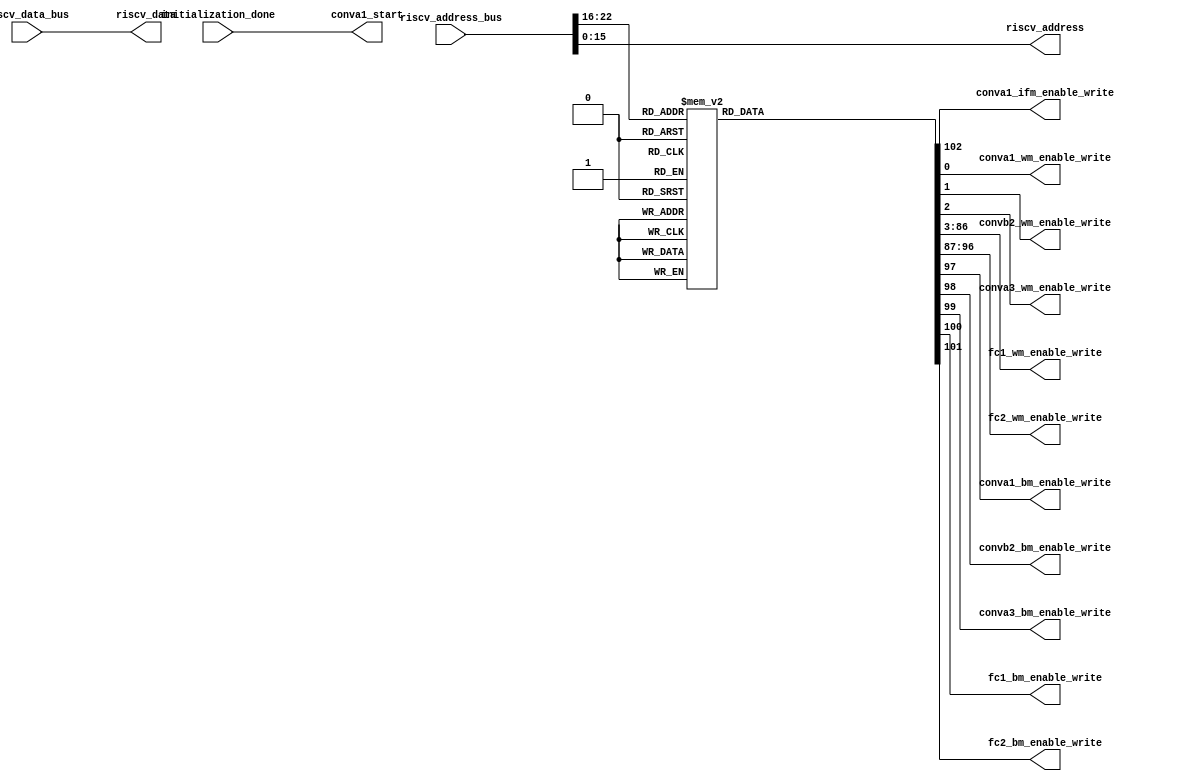
`timescale 1ns / 1ps


module 
 memory_control #(parameter
///////////advanced parameters//////////
	DATA_WIDTH 		       = 32,
///////////architecture parameters//////
	ADDRESS_BUS            = 23,                                                
    ADDRESS_BITS           = 16,
    ENABLE_BITS            = 7)

	(

    input [DATA_WIDTH-1:0] riscv_data_bus,
    input [ADDRESS_BUS-1:0] riscv_address_bus,
    input initialization_done, 
	output conva1_start,

	//1 indicates the input img is grayscale
	output [1-1:0] conva1_ifm_enable_write, 
	
	output [1-1:0] conva1_wm_enable_write,
	output [1-1:0] convb2_wm_enable_write,
	output [1-1:0] conva3_wm_enable_write,
	output [84-1:0] fc1_wm_enable_write,
	output [10-1:0] fc2_wm_enable_write,
	output conva1_bm_enable_write,
	output [1-1:0] convb2_bm_enable_write,
	output conva3_bm_enable_write,
	output fc1_bm_enable_write,
	output fc2_bm_enable_write,
	
	output [DATA_WIDTH-1:0] riscv_data,
    output [ADDRESS_BITS-1:0] riscv_address
	);
	
	reg [103-1:0] enable_write;
    wire [ENABLE_BITS-1:0] address_enable_bits;
	
    assign riscv_data          = riscv_data_bus;
    assign riscv_address       = riscv_address_bus[ADDRESS_BITS-1:0];
    
    assign address_enable_bits = riscv_address_bus[ADDRESS_BUS-1 : ADDRESS_BUS-ENABLE_BITS];
	
	assign    conva1_start = initialization_done;
	
	
	    always @*
		begin
        case(address_enable_bits)
			7'd1  : begin enable_write = 103'b0000000000000000000000000000000000000000000000000000000000000000000000000000000000000000000000000000001;end
			7'd2  : begin enable_write = 103'b0000000000000000000000000000000000000000000000000000000000000000000000000000000000000000000000000000010;end
			7'd3  : begin enable_write = 103'b0000000000000000000000000000000000000000000000000000000000000000000000000000000000000000000000000000100;end
			7'd4  : begin enable_write = 103'b0000000000000000000000000000000000000000000000000000000000000000000000000000000000000000000000000001000;end
			7'd5  : begin enable_write = 103'b0000000000000000000000000000000000000000000000000000000000000000000000000000000000000000000000000010000;end
			7'd6  : begin enable_write = 103'b0000000000000000000000000000000000000000000000000000000000000000000000000000000000000000000000000100000;end
			7'd7  : begin enable_write = 103'b0000000000000000000000000000000000000000000000000000000000000000000000000000000000000000000000001000000;end
			7'd8  : begin enable_write = 103'b0000000000000000000000000000000000000000000000000000000000000000000000000000000000000000000000010000000;end
			7'd9  : begin enable_write = 103'b0000000000000000000000000000000000000000000000000000000000000000000000000000000000000000000000100000000;end
			7'd10  : begin enable_write = 103'b0000000000000000000000000000000000000000000000000000000000000000000000000000000000000000000001000000000;end
			7'd11  : begin enable_write = 103'b0000000000000000000000000000000000000000000000000000000000000000000000000000000000000000000010000000000;end
			7'd12  : begin enable_write = 103'b0000000000000000000000000000000000000000000000000000000000000000000000000000000000000000000100000000000;end
			7'd13  : begin enable_write = 103'b0000000000000000000000000000000000000000000000000000000000000000000000000000000000000000001000000000000;end
			7'd14  : begin enable_write = 103'b0000000000000000000000000000000000000000000000000000000000000000000000000000000000000000010000000000000;end
			7'd15  : begin enable_write = 103'b0000000000000000000000000000000000000000000000000000000000000000000000000000000000000000100000000000000;end
			7'd16  : begin enable_write = 103'b0000000000000000000000000000000000000000000000000000000000000000000000000000000000000001000000000000000;end
			7'd17  : begin enable_write = 103'b0000000000000000000000000000000000000000000000000000000000000000000000000000000000000010000000000000000;end
			7'd18  : begin enable_write = 103'b0000000000000000000000000000000000000000000000000000000000000000000000000000000000000100000000000000000;end
			7'd19  : begin enable_write = 103'b0000000000000000000000000000000000000000000000000000000000000000000000000000000000001000000000000000000;end
			7'd20  : begin enable_write = 103'b0000000000000000000000000000000000000000000000000000000000000000000000000000000000010000000000000000000;end
			7'd21  : begin enable_write = 103'b0000000000000000000000000000000000000000000000000000000000000000000000000000000000100000000000000000000;end
			7'd22  : begin enable_write = 103'b0000000000000000000000000000000000000000000000000000000000000000000000000000000001000000000000000000000;end
			7'd23  : begin enable_write = 103'b0000000000000000000000000000000000000000000000000000000000000000000000000000000010000000000000000000000;end
			7'd24  : begin enable_write = 103'b0000000000000000000000000000000000000000000000000000000000000000000000000000000100000000000000000000000;end
			7'd25  : begin enable_write = 103'b0000000000000000000000000000000000000000000000000000000000000000000000000000001000000000000000000000000;end
			7'd26  : begin enable_write = 103'b0000000000000000000000000000000000000000000000000000000000000000000000000000010000000000000000000000000;end
			7'd27  : begin enable_write = 103'b0000000000000000000000000000000000000000000000000000000000000000000000000000100000000000000000000000000;end
			7'd28  : begin enable_write = 103'b0000000000000000000000000000000000000000000000000000000000000000000000000001000000000000000000000000000;end
			7'd29  : begin enable_write = 103'b0000000000000000000000000000000000000000000000000000000000000000000000000010000000000000000000000000000;end
			7'd30  : begin enable_write = 103'b0000000000000000000000000000000000000000000000000000000000000000000000000100000000000000000000000000000;end
			7'd31  : begin enable_write = 103'b0000000000000000000000000000000000000000000000000000000000000000000000001000000000000000000000000000000;end
			7'd32  : begin enable_write = 103'b0000000000000000000000000000000000000000000000000000000000000000000000010000000000000000000000000000000;end
			7'd33  : begin enable_write = 103'b0000000000000000000000000000000000000000000000000000000000000000000000100000000000000000000000000000000;end
			7'd34  : begin enable_write = 103'b0000000000000000000000000000000000000000000000000000000000000000000001000000000000000000000000000000000;end
			7'd35  : begin enable_write = 103'b0000000000000000000000000000000000000000000000000000000000000000000010000000000000000000000000000000000;end
			7'd36  : begin enable_write = 103'b0000000000000000000000000000000000000000000000000000000000000000000100000000000000000000000000000000000;end
			7'd37  : begin enable_write = 103'b0000000000000000000000000000000000000000000000000000000000000000001000000000000000000000000000000000000;end
			7'd38  : begin enable_write = 103'b0000000000000000000000000000000000000000000000000000000000000000010000000000000000000000000000000000000;end
			7'd39  : begin enable_write = 103'b0000000000000000000000000000000000000000000000000000000000000000100000000000000000000000000000000000000;end
			7'd40  : begin enable_write = 103'b0000000000000000000000000000000000000000000000000000000000000001000000000000000000000000000000000000000;end
			7'd41  : begin enable_write = 103'b0000000000000000000000000000000000000000000000000000000000000010000000000000000000000000000000000000000;end
			7'd42  : begin enable_write = 103'b0000000000000000000000000000000000000000000000000000000000000100000000000000000000000000000000000000000;end
			7'd43  : begin enable_write = 103'b0000000000000000000000000000000000000000000000000000000000001000000000000000000000000000000000000000000;end
			7'd44  : begin enable_write = 103'b0000000000000000000000000000000000000000000000000000000000010000000000000000000000000000000000000000000;end
			7'd45  : begin enable_write = 103'b0000000000000000000000000000000000000000000000000000000000100000000000000000000000000000000000000000000;end
			7'd46  : begin enable_write = 103'b0000000000000000000000000000000000000000000000000000000001000000000000000000000000000000000000000000000;end
			7'd47  : begin enable_write = 103'b0000000000000000000000000000000000000000000000000000000010000000000000000000000000000000000000000000000;end
			7'd48  : begin enable_write = 103'b0000000000000000000000000000000000000000000000000000000100000000000000000000000000000000000000000000000;end
			7'd49  : begin enable_write = 103'b0000000000000000000000000000000000000000000000000000001000000000000000000000000000000000000000000000000;end
			7'd50  : begin enable_write = 103'b0000000000000000000000000000000000000000000000000000010000000000000000000000000000000000000000000000000;end
			7'd51  : begin enable_write = 103'b0000000000000000000000000000000000000000000000000000100000000000000000000000000000000000000000000000000;end
			7'd52  : begin enable_write = 103'b0000000000000000000000000000000000000000000000000001000000000000000000000000000000000000000000000000000;end
			7'd53  : begin enable_write = 103'b0000000000000000000000000000000000000000000000000010000000000000000000000000000000000000000000000000000;end
			7'd54  : begin enable_write = 103'b0000000000000000000000000000000000000000000000000100000000000000000000000000000000000000000000000000000;end
			7'd55  : begin enable_write = 103'b0000000000000000000000000000000000000000000000001000000000000000000000000000000000000000000000000000000;end
			7'd56  : begin enable_write = 103'b0000000000000000000000000000000000000000000000010000000000000000000000000000000000000000000000000000000;end
			7'd57  : begin enable_write = 103'b0000000000000000000000000000000000000000000000100000000000000000000000000000000000000000000000000000000;end
			7'd58  : begin enable_write = 103'b0000000000000000000000000000000000000000000001000000000000000000000000000000000000000000000000000000000;end
			7'd59  : begin enable_write = 103'b0000000000000000000000000000000000000000000010000000000000000000000000000000000000000000000000000000000;end
			7'd60  : begin enable_write = 103'b0000000000000000000000000000000000000000000100000000000000000000000000000000000000000000000000000000000;end
			7'd61  : begin enable_write = 103'b0000000000000000000000000000000000000000001000000000000000000000000000000000000000000000000000000000000;end
			7'd62  : begin enable_write = 103'b0000000000000000000000000000000000000000010000000000000000000000000000000000000000000000000000000000000;end
			7'd63  : begin enable_write = 103'b0000000000000000000000000000000000000000100000000000000000000000000000000000000000000000000000000000000;end
			7'd64  : begin enable_write = 103'b0000000000000000000000000000000000000001000000000000000000000000000000000000000000000000000000000000000;end
			7'd65  : begin enable_write = 103'b0000000000000000000000000000000000000010000000000000000000000000000000000000000000000000000000000000000;end
			7'd66  : begin enable_write = 103'b0000000000000000000000000000000000000100000000000000000000000000000000000000000000000000000000000000000;end
			7'd67  : begin enable_write = 103'b0000000000000000000000000000000000001000000000000000000000000000000000000000000000000000000000000000000;end
			7'd68  : begin enable_write = 103'b0000000000000000000000000000000000010000000000000000000000000000000000000000000000000000000000000000000;end
			7'd69  : begin enable_write = 103'b0000000000000000000000000000000000100000000000000000000000000000000000000000000000000000000000000000000;end
			7'd70  : begin enable_write = 103'b0000000000000000000000000000000001000000000000000000000000000000000000000000000000000000000000000000000;end
			7'd71  : begin enable_write = 103'b0000000000000000000000000000000010000000000000000000000000000000000000000000000000000000000000000000000;end
			7'd72  : begin enable_write = 103'b0000000000000000000000000000000100000000000000000000000000000000000000000000000000000000000000000000000;end
			7'd73  : begin enable_write = 103'b0000000000000000000000000000001000000000000000000000000000000000000000000000000000000000000000000000000;end
			7'd74  : begin enable_write = 103'b0000000000000000000000000000010000000000000000000000000000000000000000000000000000000000000000000000000;end
			7'd75  : begin enable_write = 103'b0000000000000000000000000000100000000000000000000000000000000000000000000000000000000000000000000000000;end
			7'd76  : begin enable_write = 103'b0000000000000000000000000001000000000000000000000000000000000000000000000000000000000000000000000000000;end
			7'd77  : begin enable_write = 103'b0000000000000000000000000010000000000000000000000000000000000000000000000000000000000000000000000000000;end
			7'd78  : begin enable_write = 103'b0000000000000000000000000100000000000000000000000000000000000000000000000000000000000000000000000000000;end
			7'd79  : begin enable_write = 103'b0000000000000000000000001000000000000000000000000000000000000000000000000000000000000000000000000000000;end
			7'd80  : begin enable_write = 103'b0000000000000000000000010000000000000000000000000000000000000000000000000000000000000000000000000000000;end
			7'd81  : begin enable_write = 103'b0000000000000000000000100000000000000000000000000000000000000000000000000000000000000000000000000000000;end
			7'd82  : begin enable_write = 103'b0000000000000000000001000000000000000000000000000000000000000000000000000000000000000000000000000000000;end
			7'd83  : begin enable_write = 103'b0000000000000000000010000000000000000000000000000000000000000000000000000000000000000000000000000000000;end
			7'd84  : begin enable_write = 103'b0000000000000000000100000000000000000000000000000000000000000000000000000000000000000000000000000000000;end
			7'd85  : begin enable_write = 103'b0000000000000000001000000000000000000000000000000000000000000000000000000000000000000000000000000000000;end
			7'd86  : begin enable_write = 103'b0000000000000000010000000000000000000000000000000000000000000000000000000000000000000000000000000000000;end
			7'd87  : begin enable_write = 103'b0000000000000000100000000000000000000000000000000000000000000000000000000000000000000000000000000000000;end
			7'd88  : begin enable_write = 103'b0000000000000001000000000000000000000000000000000000000000000000000000000000000000000000000000000000000;end
			7'd89  : begin enable_write = 103'b0000000000000010000000000000000000000000000000000000000000000000000000000000000000000000000000000000000;end
			7'd90  : begin enable_write = 103'b0000000000000100000000000000000000000000000000000000000000000000000000000000000000000000000000000000000;end
			7'd91  : begin enable_write = 103'b0000000000001000000000000000000000000000000000000000000000000000000000000000000000000000000000000000000;end
			7'd92  : begin enable_write = 103'b0000000000010000000000000000000000000000000000000000000000000000000000000000000000000000000000000000000;end
			7'd93  : begin enable_write = 103'b0000000000100000000000000000000000000000000000000000000000000000000000000000000000000000000000000000000;end
			7'd94  : begin enable_write = 103'b0000000001000000000000000000000000000000000000000000000000000000000000000000000000000000000000000000000;end
			7'd95  : begin enable_write = 103'b0000000010000000000000000000000000000000000000000000000000000000000000000000000000000000000000000000000;end
			7'd96  : begin enable_write = 103'b0000000100000000000000000000000000000000000000000000000000000000000000000000000000000000000000000000000;end
			7'd97  : begin enable_write = 103'b0000001000000000000000000000000000000000000000000000000000000000000000000000000000000000000000000000000;end
			7'd98  : begin enable_write = 103'b0000010000000000000000000000000000000000000000000000000000000000000000000000000000000000000000000000000;end
			7'd99  : begin enable_write = 103'b0000100000000000000000000000000000000000000000000000000000000000000000000000000000000000000000000000000;end
			7'd100  : begin enable_write = 103'b0001000000000000000000000000000000000000000000000000000000000000000000000000000000000000000000000000000;end
			7'd101  : begin enable_write = 103'b0010000000000000000000000000000000000000000000000000000000000000000000000000000000000000000000000000000;end
			7'd102  : begin enable_write = 103'b0100000000000000000000000000000000000000000000000000000000000000000000000000000000000000000000000000000;end
			7'd103  : begin enable_write = 103'b1000000000000000000000000000000000000000000000000000000000000000000000000000000000000000000000000000000;end

			default : begin enable_write = 103'b0000000000000000000000000000000000000000000000000000000000000000000000000000000000000000000000000000000;end

		endcase
	end



assign conva1_ifm_enable_write = enable_write[102:102];

	assign conva1_wm_enable_write = enable_write[0:0];
	assign convb2_wm_enable_write = enable_write[1:1];
	assign conva3_wm_enable_write = enable_write[2:2];
	assign fc1_wm_enable_write = enable_write[86:3];
	assign fc2_wm_enable_write = enable_write[96:87];

	assign conva1_bm_enable_write = enable_write[97];
	assign convb2_bm_enable_write = enable_write[98:98];
	assign conva3_bm_enable_write = enable_write[99];
	assign fc1_bm_enable_write = enable_write[100];
	assign fc2_bm_enable_write = enable_write[101];
endmodule